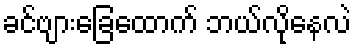
ခင်ဗျားခြေထောက် ဘယ်လိုနေလဲ